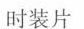
时装片